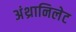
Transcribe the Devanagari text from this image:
अंथ्रानिलेट